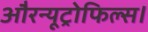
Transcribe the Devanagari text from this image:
औरन्यूट्रोफिल्स।